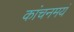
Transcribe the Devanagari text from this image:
कांचनमयं